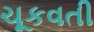
ચૂકવતી